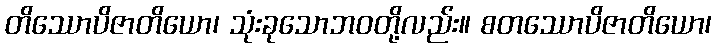
တိဿောပိဇာတိယော၊ သုံးခုသောဘဝတို့လည်း။ စတဿောပိဇာတိယော၊